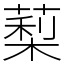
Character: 䔧